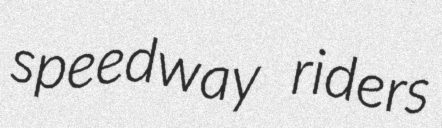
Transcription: speedway riders